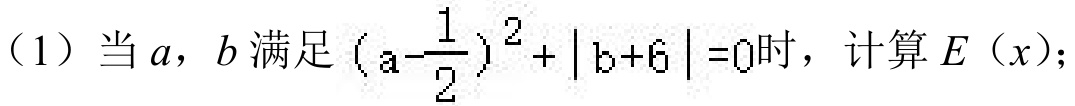
（1）当\(a\)，\(b\)满足\((a - \frac{1}{2})^2+\vert b + 6\vert = 0\)时，计算\(E(x)\)；